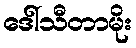
ဒေါ်သီတာမိုး